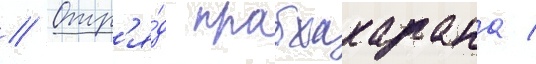
// Отр'я́д прабхакарана /